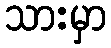
သားမှာ